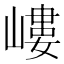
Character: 嶁